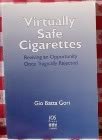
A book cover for Virtually Safe Cigarettes: Reviving an Opportunity Once Tragically Rejected; Gio Batta Gori; Medical Books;